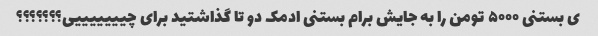
ی بستنی ۵۰۰۰ تومن را به جایش برام بستنی ادمک دو تا گذاشتید برای چیییییییی؟؟؟؟؟؟؟